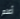
أعلم